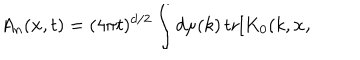
LaTeX: A _ { n } ( { \bf x } , t ) = ( 4 \pi t ) ^ { d / 2 } \int d \mu ( k ) \, \mathrm { t r } [ K _ { 0 } ( k , { \bf x , }